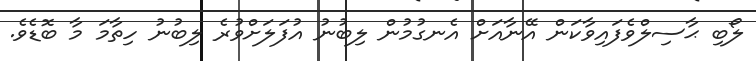
ލޯބި ޙާސިލްވެފައިވާކަން އޭނާއަށް އެނގުމުން ލިބުނު އުފަލަށްވުރެ ލިބުނު ހިތާމަ މާ ބޮޑެވެ.